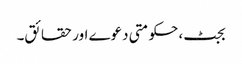
بجٹ، حکومتی دعوے اور حقائق۔